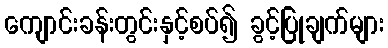
ကျောင်းခန်းတွင်းနှင့်စပ်၍ ခွင့်ပြုချက်များ